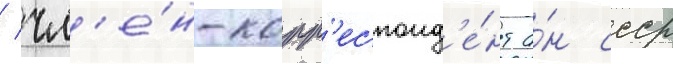
/ чл'е́н-корр'еспонд'е́нт а́н ссср